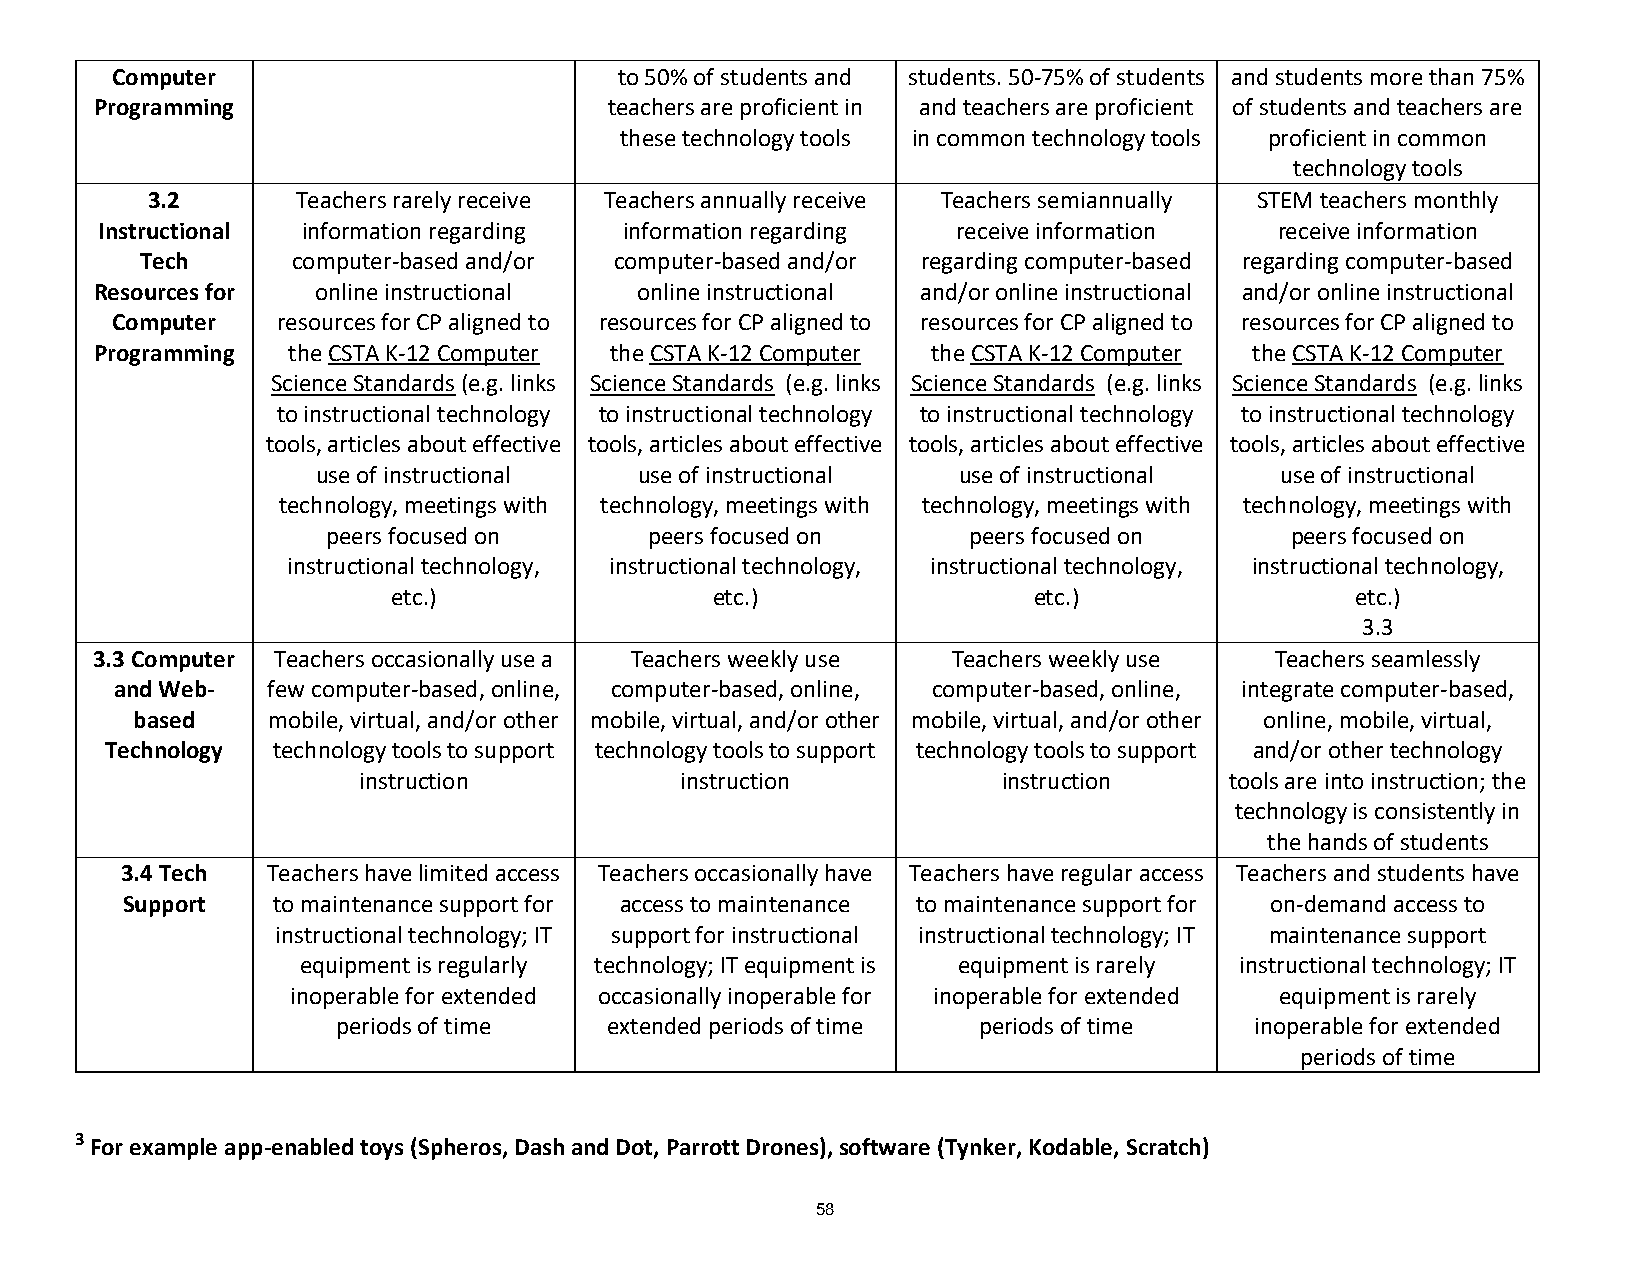
Computer                          to 50% of students and students. 50-75% of students and students more than 75%
 Programming                       teachers are proficient in and teachers are proficient of students and teachers are
 these technology tools in common technology tools proficient in common
 technology tools
 3.2       Teachers rarely receive Teachers annually receive Teachers semiannually STEM teachers monthly
 Instructional information regarding information regarding receive information receive information
 Tech      computer-based and/or computer-based and/or regarding computer-based regarding computer-based
 Resources for  online instructional online instructional and/or online instructional and/or online instructional
 Computer   resources for CP aligned to resources for CP aligned to resources for CP aligned to resources for CP aligned to
 Programming  the CSTA K-12 Computer the CSTA K-12 Computer the CSTA K-12 Computer the CSTA K-12 Computer
 Science Standards (e.g. links Science Standards (e.g. links Science Standards (e.g. links Science Standards (e.g. links
 to instructional technology to instructional technology to instructional technology to instructional technology
 tools, articles about effective tools, articles about effective tools, articles about effective tools, articles about effective
 use of instructional use of instructional use of instructional  use of instructional
 technology, meetings with technology, meetings with technology, meetings with technology, meetings with
 peers focused on     peers focused on     peers focused on     peers focused on
 instructional technology, instructional technology, instructional technology, instructional technology,
 etc.)                etc.)                etc.)                 etc.)
 3.3
 3.3 Computer Teachers occasionally use a Teachers weekly use Teachers weekly use Teachers seamlessly
 and Web-  few computer-based, online, computer-based, online, computer-based, online, integrate computer-based,
 based    mobile, virtual, and/or other mobile, virtual, and/or other mobile, virtual, and/or other online, mobile, virtual,
 Technology technology tools to support technology tools to support technology tools to support and/or other technology
 instruction          instruction          instruction    tools are into instruction; the
 technology is consistently in
 the hands of students
 3.4 Tech  Teachers have limited access Teachers occasionally have Teachers have regular access Teachers and students have
 Support   to maintenance support for access to maintenance to maintenance support for on-demand access to
 instructional technology; IT support for instructional instructional technology; IT maintenance support
 equipment is regularly technology; IT equipment is equipment is rarely instructional technology; IT
 inoperable for extended occasionally inoperable for inoperable for extended equipment is rarely
 periods of time   extended periods of time periods of time   inoperable for extended
 periods of time
 3 For example app-enabled toys (Spheros, Dash and Dot, Parrott Drones), software (Tynker, Kodable, Scratch)
 58